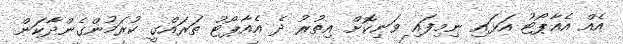
އެއް އެއާޕޯޓު އަޅައި ނިމިފައި ވަނިކޮށް އިތުރު ދެ އެއާޕޯޓު ތަރައްގީ ކުރަމުންގެންދާކަން